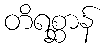
တိရစ္ဆာန်